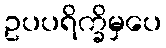
ဥပပရိက္ခိမှပေ